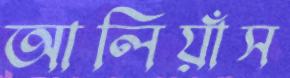
আলিয়াঁস